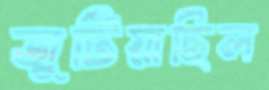
জুটিয়াছিল